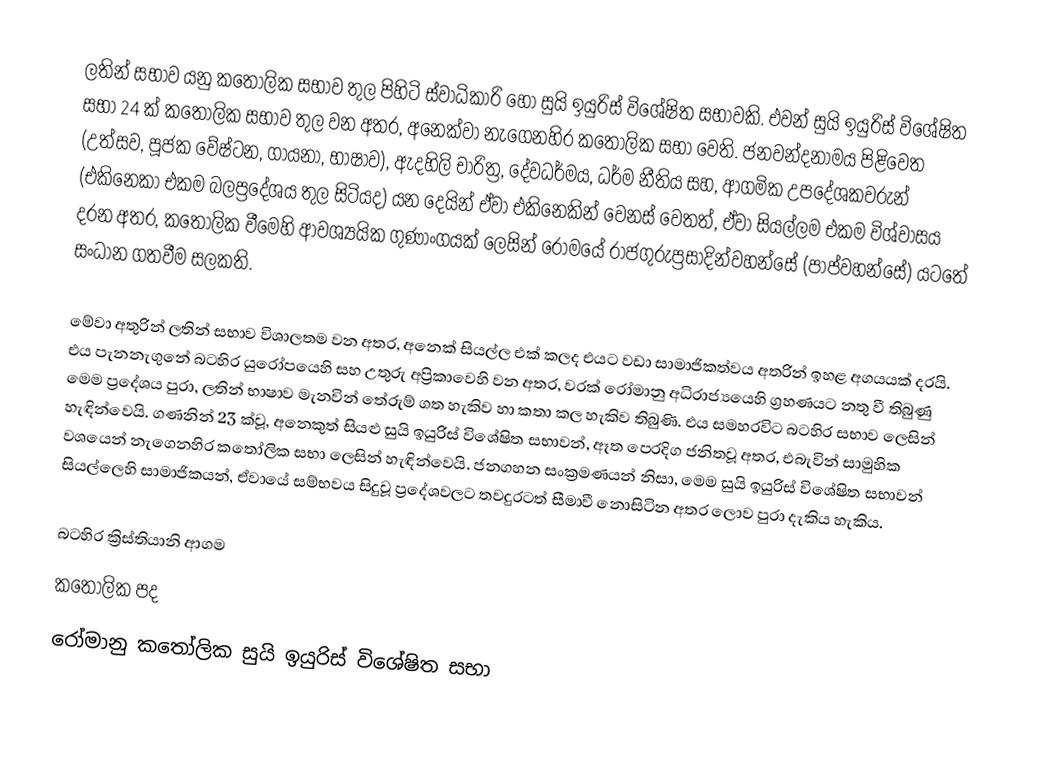
ලතින් සභාව යනු කතෝලික සභාව තුල පිහිටි ස්වාධිකාරි හෝ සුයි ඉයුරිස් විශේෂිත සභාවකි. එවන් සුයි ඉයුරිස්  විශේෂිත සභා 24 ක් කතෝලික සභාව තුල වන අතර, අනෙක්වා නැගෙනහිර කතෝලික සභා වෙති. ජනවන්දනාමය පිළිවෙත (උත්සව, පූජක වේෂ්ටන, ගායනා, භාෂාව), ඇදහිලි චාරිත්‍ර, දේවධර්මය, ධර්ම නීතිය සහ, ආගමික උපදේශකවරුන්  (එකිනෙකා එකම බලප්‍රදේශය තුල සිටියද) යන දෙයින් ඒවා එකිනෙකින් වෙනස් වෙතත්, ඒවා සියල්ලම එකම විශ්වාසය දරන අතර, කතෝලික වීමෙහි ආවශ්‍යයික ගුණාංගයක් ලෙසින් රෝමයේ රාජගුරුප්‍රසාදින්වහන්සේ (පාප්වහන්සේ) යටතේ සංධාන ගතවීම සලකති.

මේවා අතුරින් ලතින් සභාව විශාලතම වන අතර, අනෙක් සියල්ල එක් කලද එයට වඩා සාමාජිකත්වය අතරින් ඉහළ අගයයක් දරයි. එය පැනනැගුනේ බටහිර යුරෝපයෙහි සහ උතුරු අප්‍රිකාවෙහි වන අතර, වරක්   රෝමානු අධිරාජ්‍යයෙහි ග්‍රහණයට නතු වී තිබුණු මෙම ප්‍රදේශය පුරා, ලතින් භාෂාව මැනවින් තේරුම් ගත හැකිව හා කතා කල හැකිව තිබුණි. එය සමහරවිට බටහිර සභාව ලෙසින් හැඳින්වෙයි. ගණනින් 23 ක්වූ, අනෙකුත් සියළු  සුයි ඉයුරිස් විශේෂිත සභාවන්,  ඈත පෙරදිග ජනිතවූ අතර,  එබැවින් සාමුහික වශයෙන්  නැගෙනහිර කතෝලික සභා ලෙසින් හැඳින්වෙයි. ජනගහන සංක්‍රමණයන් නිසා, මෙම සුයි ඉයුරිස් විශේෂිත සභාවන් සියල්ලෙහි සාමාජිකයන්, ඒවායේ සම්භවය සිදුවූ ප්‍රදේශවලට තවදුරටත් සීමාවී නොසිටින අතර ලොව පුරා දැකිය හැකිය.

බටහිර ක්‍රිස්තියානි ආගම
කතෝලික පද
රෝමානු කතෝලික සුයි ඉයුරිස් විශේෂිත සභා